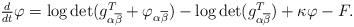
LaTeX: \begin{align*}\begin{array}[c]{c}\frac{d}{dt}\varphi=\log\det(g_{\alpha\overline{\beta}}^{T}+\varphi_{\alpha\overline{\beta}})-\log\det(g_{\alpha\overline{\beta}}^{T})+\kappa\varphi-F.\end{array}\end{align*}